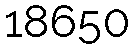
18650